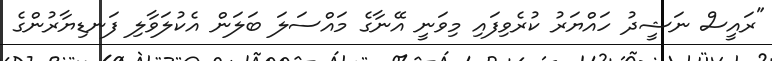
"ރައީސް ނަޝީދު ހައްޔަރު ކުރެވިފައި މިވަނީ އޭނާގެ މައްސަލަ ބަލަން އެކުލަވާލި ފަނޑިޔާރުންގެ